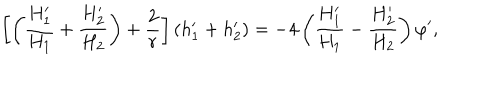
LaTeX: \left[ \left( { \frac { H _ { 1 } ^ { \prime } } { H _ { 1 } } } + { \frac { H _ { 2 } ^ { \prime } } { H _ { 2 } } } \right) + { \frac { 2 } { r } } \right] ( h _ { 1 } ^ { \prime } + h _ { 2 } ^ { \prime } ) = - 4 \left( { \frac { H _ { 1 } ^ { \prime } } { H _ { 1 } } } - { \frac { H _ { 2 } ^ { \prime } } { H _ { 2 } } } \right) \varphi ^ { \prime } ,